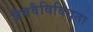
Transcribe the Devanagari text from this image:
जैववैविविधता